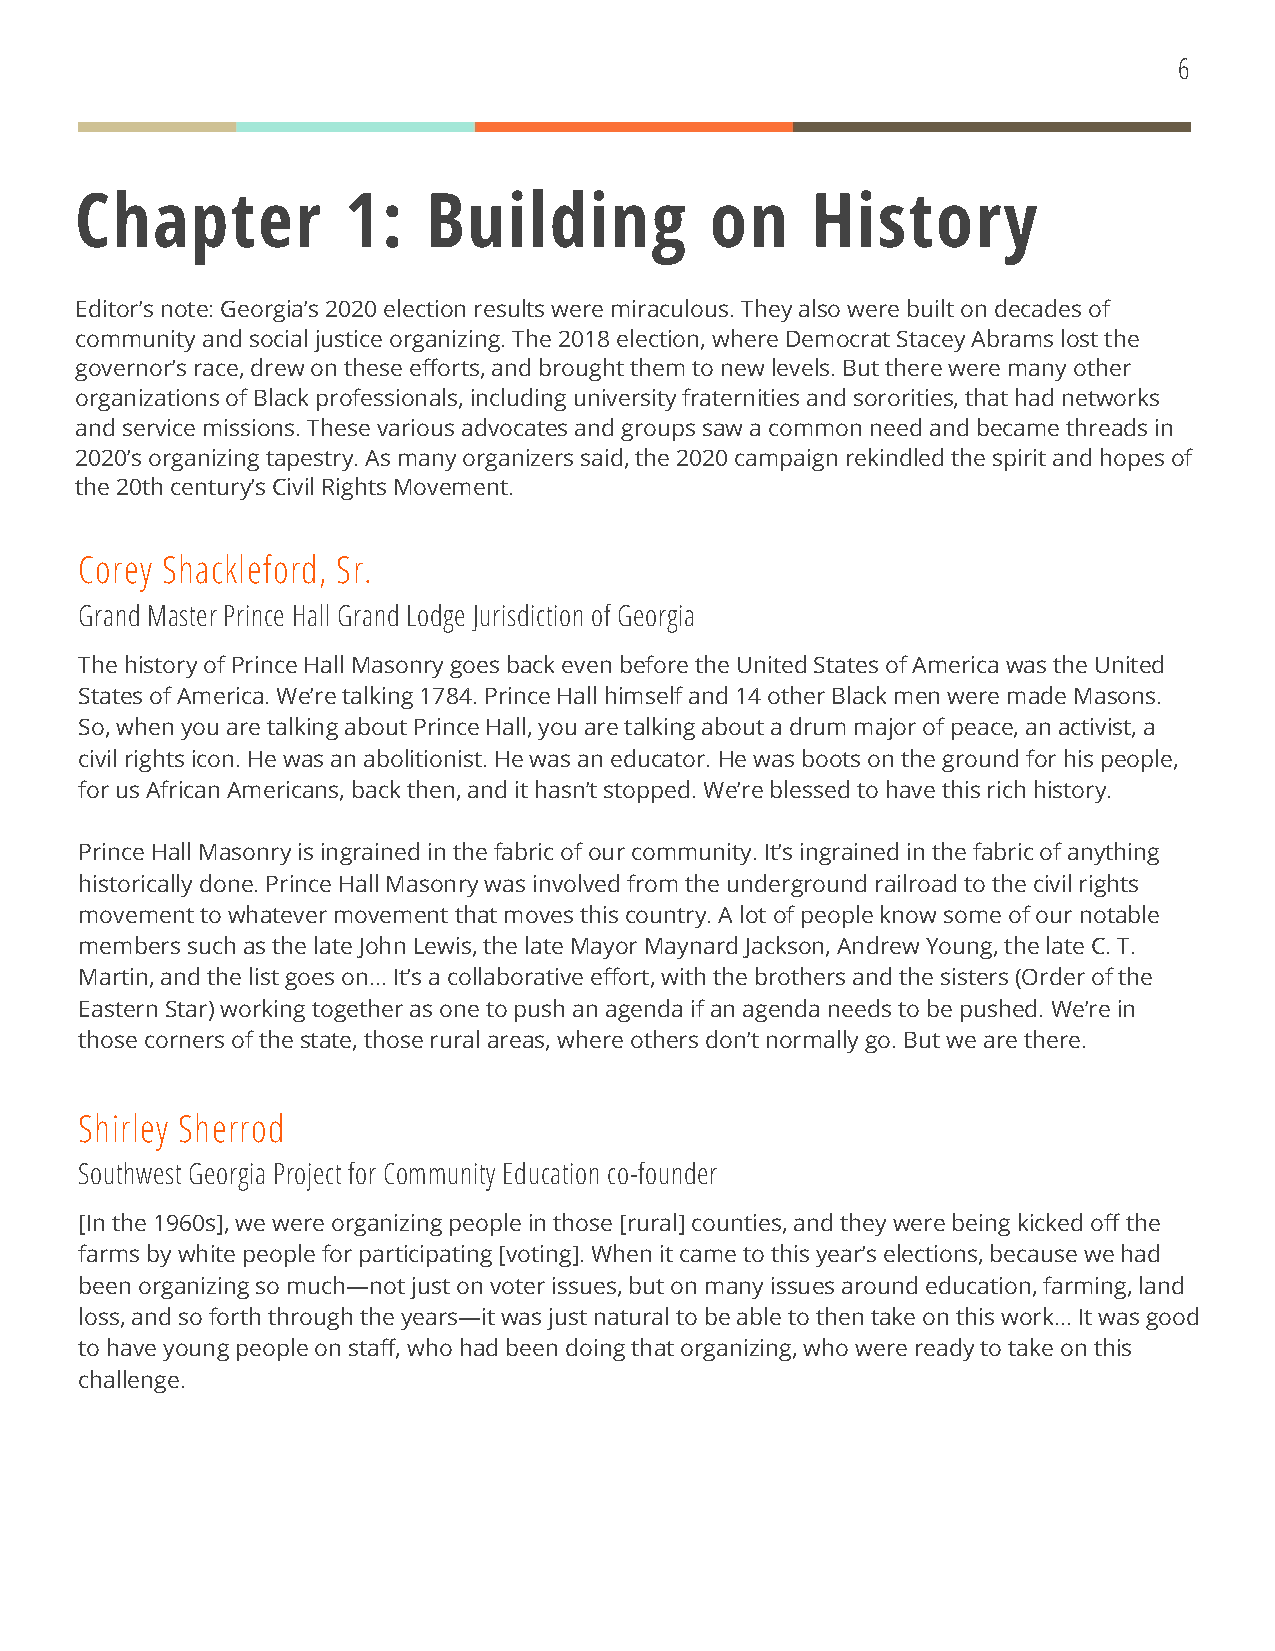
6
 Chapter           1:   Building           on     History
 Editor’s note: Georgia’s 2020 election results were miraculous. They also were built on decades of
 community and social justice organizing. The 2018 election, where Democrat Stacey Abrams lost the
 governor’s race, drew on these efforts, and brought them to new levels. But there were many other
 organizations of Black professionals, including university fraternities and sororities, that had networks
 and service missions. These various advocates and groups saw a common need and became threads in
 2020’s organizing tapestry. As many organizers said, the 2020 campaign rekindled the spirit and hopes of
 the 20th century’s Civil Rights Movement.
 Corey Shackleford, Sr.
 Grand Master Prince Hall Grand Lodge Jurisdiction of Georgia
 The history of Prince Hall Masonry goes back even before the United States of America was the United
 States of America. We’re talking 1784. Prince Hall himself and 14 other Black men were made Masons.
 So, when you are talking about Prince Hall, you are talking about a drum major of peace, an activist, a
 civil rights icon. He was an abolitionist. He was an educator. He was boots on the ground for his people,
 for us African Americans, back then, and it hasn’t stopped. We’re blessed to have this rich history.
 Prince Hall Masonry is ingrained in the fabric of our community. It’s ingrained in the fabric of anything
 historically done. Prince Hall Masonry was involved from the underground railroad to the civil rights
 movement to whatever movement that moves this country. A lot of people know some of our notable
 members such as the late John Lewis, the late Mayor Maynard Jackson, Andrew Young, the late C. T.
 Martin, and the list goes on... It’s a collaborative effort, with the brothers and the sisters (Order of the
 Eastern Star) working together as one to push an agenda if an agenda needs to be pushed. We’re in
 those corners of the state, those rural areas, where others don’t normally go. But we are there.
 Shirley Sherrod
 Southwest Georgia Project for Community Education co-founder
 [In the 1960s], we were organizing people in those [rural] counties, and they were being kicked off the
 farms by white people for participating [voting]. When it came to this year’s elections, because we had
 been organizing so much—not just on voter issues, but on many issues around education, farming, land
 loss, and so forth through the years—it was just natural to be able to then take on this work... It was good
 to have young people on staff, who had been doing that organizing, who were ready to take on this
 challenge.